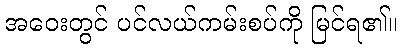
အဝေးတွင် ပင်လယ်ကမ်းစပ်ကို မြင်ရ၏။